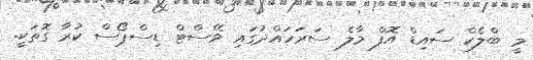
މީ ބްލެކް ސައިޑް އޮފް މާލެ ސަރަހައްދުގައި ވޭސްޓް ޑިސްޕޯސް ކުރާ ގޮތަކީ.